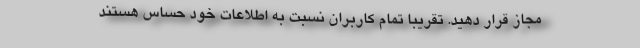
مجاز قرار دهید. تقریبا تمام کاربران نسبت به اطلاعات خود حساس هستند